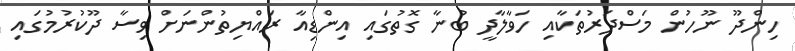
ހިންދޫ ނޫހުން މަސްދަރުތަކާއި ހަވާލާދީ ބުނާ ގޮތުގައި އިންޑިއާ ރައްޔިތުންނަށް ވިސާ ދޫކުރުމުގައި